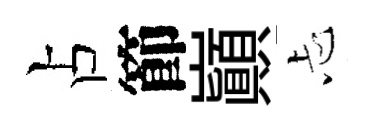
占節巔忐